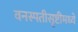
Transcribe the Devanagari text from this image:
वनस्पतीसृष्टीमध्ये